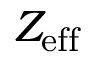
Z _ { \mathrm { e f f } }